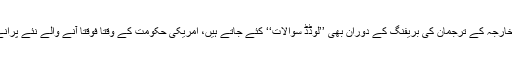
واشنگٹن میں بھارتی لابی اِس سلسلے میں کانگرس کے ارکان کے کان بھی بھرتی رہتی ہے اور دفتر خارجہ کے ترجمان کی بریفنگ کے دوران بھی ’’لوڈڈ سوالات‘‘ کئے جاتے ہیں، امریکی حکومت کے وقتاً فوقتاً آنے والے نئے پرانے ترجمان بار بار اِس امر کا اعلان کر چکے ہیں،لیکن بھارتی لابی منفی پروپیگنڈے سے باز نہیں آتی۔